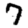
Digit: 7